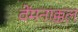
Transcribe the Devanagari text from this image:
वेंमनाक्कल